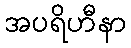
အပရိဟီနာ